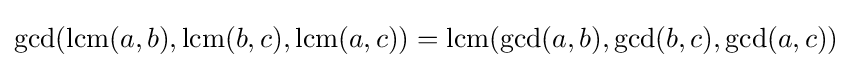
\gcd(\operatorname {lcm} (a,b),\operatorname {lcm} (b,c),\operatorname {lcm} (a,c))=\operatorname {lcm} (\gcd(a,b),\gcd(b,c),\gcd(a,c))